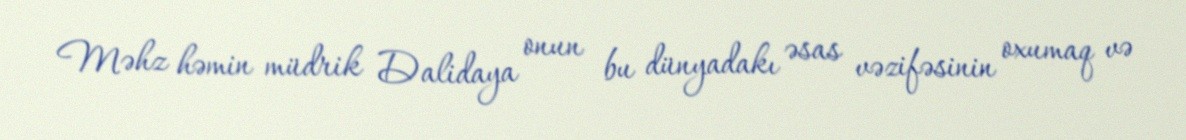
Məhz həmin müdrik Dalidaya onun bu dünyadakı əsas vəzifəsinin oxumaq və